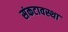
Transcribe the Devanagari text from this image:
संकटावस्था